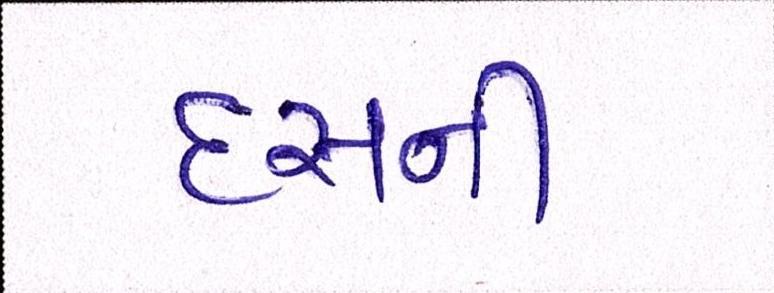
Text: દસની